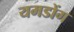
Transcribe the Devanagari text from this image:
यमडोंग